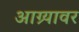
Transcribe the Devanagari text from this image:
आग्र्यावर